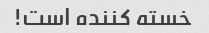
خسته کننده است!